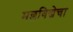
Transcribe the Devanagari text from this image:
मल्लविद्येचा